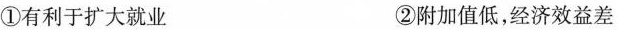
①有利于扩大就业 ②附加值低，经济效益差